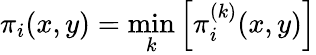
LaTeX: \pi_{i}(x,y)=\operatorname*{min}_{k}\left[\pi_{i}^{(k)}(x,y)\right]